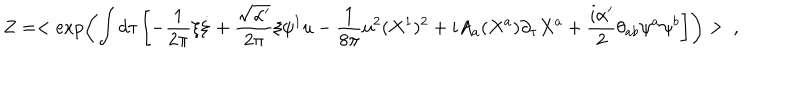
Z = < \exp \left( \int d \tau \left[ - \frac { 1 } { 2 \pi } \xi \dot { \xi } + \frac { \sqrt { \alpha ^ { \prime } } } { 2 \pi } \xi \psi ^ { 1 } u - \frac { 1 } { 8 \pi } u ^ { 2 } ( X ^ { 1 } ) ^ { 2 } + i A _ { a } ( X ^ { a } ) \partial _ { \tau } X ^ { a } + \frac { i \alpha ^ { \prime } } { 2 } \theta _ { a b } \psi ^ { a } \psi ^ { b } \right] \right) > \ ,